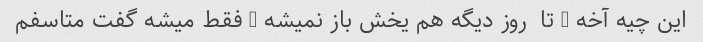
این چیه آخه … تا  روز دیگه هم یخش باز نمیشه … فقط میشه گفت متاسفم